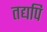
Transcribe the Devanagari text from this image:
तद्यपि